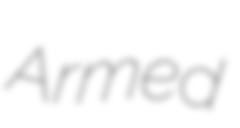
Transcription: Armed